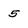
Character: 5